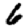
Digit: 6